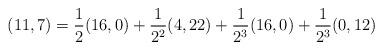
LaTeX: \begin{align*} (11,7) = \frac{1}{2}(16,0) + \frac{1}{2^2}(4,22) + \frac{1}{2^3}(16,0) + \frac{1}{2^3}(0,12) \end{align*}